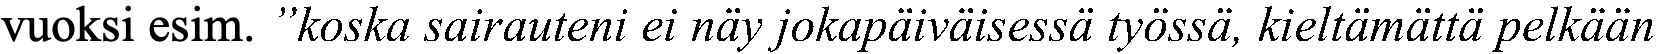
vuoksi esim. ”koska sairauteni ei näy jokapäiväisessä työssä, kieltämättä pelkään